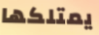
يمتلكها